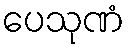
ပေသုဏံ